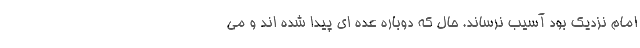
امام نزدیک بود آسیب نرساند. حال که دوباره عده ای پیدا شده اند و می